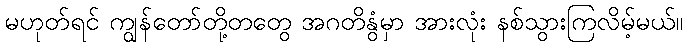
မဟုတ်ရင် ကျွန်တော်တို့တတွေ အဂတိနွံမှာ အားလုံး နစ်သွားကြလိမ့်မယ်။